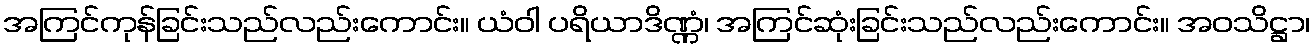
အကြင်ကုန်ခြင်းသည်လည်းကောင်း။ ယံဝါ ပရိယာဒိဏ္ဏံ၊ အကြင်ဆုံးခြင်းသည်လည်းကောင်း။ အဝသိဋ္ဌာ၊